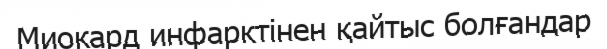
Миокард инфарктінен қайтыс болғандар